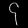
Digit: ၄